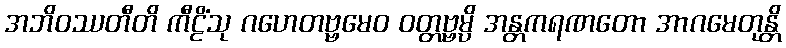
အဘိဝဿတီတိ ကီဠိံသု ဂဟေတဗ္ဗမေဝ ဝတ္တဗ္ဗမ္ပိ အန္တကရဏတော အာဂမေတုန္တိ